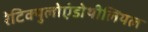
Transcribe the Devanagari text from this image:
रेटिक्युलोएंडोथीलियल